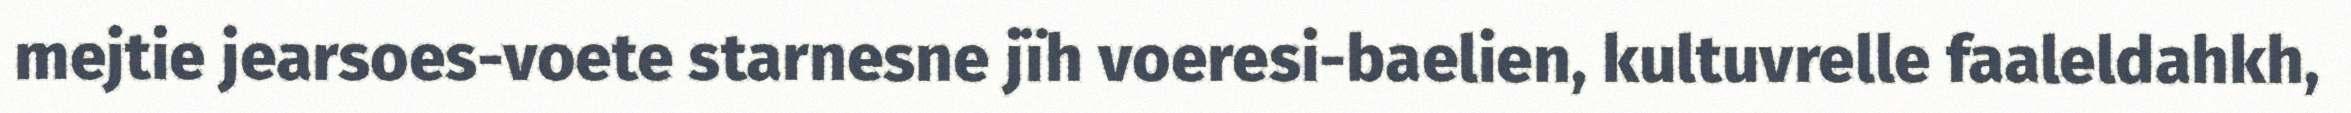
mejtie jearsoes-voete starnesne jïh voeresi-baelien, kultuvrelle faaleldahkh,